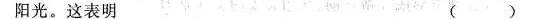
阳光。这表明 ( )